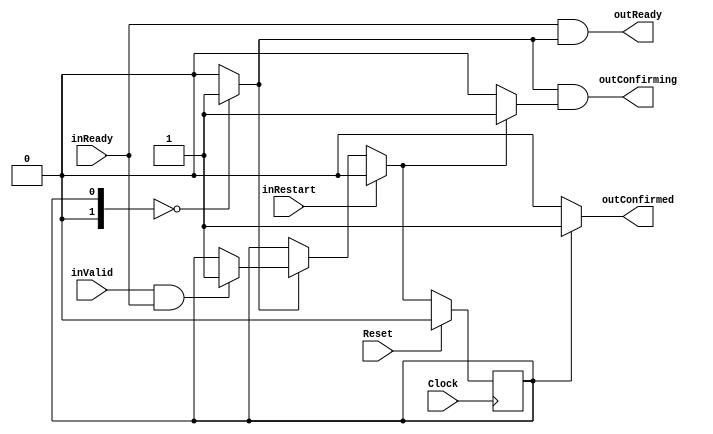
`timescale 1ns/1ps
`default_nettype none
// PLEASE READ THIS, IT MAY SAVE YOU SOME TIME AND MONEY, THANK YOU!
// * This file was generated by Quokka FPGA Toolkit.
// * Generated code is your property, do whatever you want with it
// * Place custom code between [BEGIN USER ***] and [END USER ***].
// * CAUTION: All code outside of [USER] scope is subject to regeneration.
// * Bad things happen sometimes in developer's life,
//   it is recommended to use source control management software (e.g. git, bzr etc) to keep your custom code safe'n'sound.
// * Internal structure of code is subject to change.
//   You can use some of signals in custom code, but most likely they will not exist in future (e.g. will get shorter or gone completely)
// * Please send your feedback, comments, improvement ideas etc. to evmuryshkin@gmail.com
// * Visit https://github.com/EvgenyMuryshkin/QuokkaEvaluation to access latest version of playground
//
// DISCLAIMER:
//   Code comes AS-IS, it is your responsibility to make sure it is working as expected
//   no responsibility will be taken for any loss or damage caused by use of Quokka toolkit.
//
// System configuration name is AXIConfirmModule_TopLevel, clock frequency is 1Hz, Top-level
// FSM summary
// -- Packages
module AXIConfirmModule_TopLevel
(
	// [BEGIN USER PORTS]
	// [END USER PORTS]
	input wire Clock,
	input wire Reset,
	input wire inReady,
	input wire inRestart,
	input wire inValid,
	output wire outConfirmed,
	output wire outConfirming,
	output wire outReady
);
	// [BEGIN USER SIGNALS]
	// [END USER SIGNALS]
	localparam HiSignal = 1'b1;
	localparam LoSignal = 1'b0;
	wire Zero = 1'b0;
	wire One = 1'b1;
	wire true = 1'b1;
	wire false = 1'b0;
	wire [0: 0] AXIConfirmModule_L30F9L45T10_AXIConfirmModule_L32F13L34T14_AXIConfirmModule_L33F33T58_Expr = 1'b0;
	wire [0: 0] AXIConfirmModule_L30F9L45T10_AXIConfirmModule_L36F13L44T14_AXIConfirmModule_L37F17L43T18_AXIConfirmModule_L39F26T51_Expr = 1'b0;
	wire [0: 0] AXIConfirmModule_L30F9L45T10_AXIConfirmModule_L36F13L44T14_AXIConfirmModule_L37F17L43T18_AXIConfirmModule_L41F45T74_Expr = 1'b1;
	wire [0: 0] AXIConfirmModule_L25F50T79_Expr = 1'b1;
	wire [0: 0] AXIConfirmModule_L26F51T76_Expr = 1'b0;
	wire [0: 0] AXIConfirmModule_L26F97T126_Expr = 1'b1;
	wire [0: 0] AXIConfirmModule_L27F64T89_Expr = 1'b0;
	wire Inputs_inReady;
	wire Inputs_inRestart;
	wire Inputs_inValid;
	reg [0: 0] NextState_fsm;
	reg [0: 0] State_fsm = 1'b0;
	wire [0: 0] State_fsmDefault = 1'b0;
	wire AXIConfirmModule_L30F9L45T10_AXIConfirmModule_L36F13L44T14_AXIConfirmModule_L37F17L43T18_AXIConfirmModule_L40F29T61_Expr;
	wire AXIConfirmModule_L30F9L45T10_AXIConfirmModule_L36F13L44T14_AXIConfirmModule_L37F17L43T18_AXIConfirmModule_L40F29T61_Expr_1;
	wire AXIConfirmModule_L30F9L45T10_AXIConfirmModule_L36F13L44T14_AXIConfirmModule_L37F17L43T18_AXIConfirmModule_L40F29T61_Expr_2;
	wire AXIConfirmModule_L26F38T126_Expr;
	wire AXIConfirmModule_L26F38T126_Expr_1;
	wire AXIConfirmModule_L26F38T126_Expr_2;
	wire AXIConfirmModule_L27F33T89_Expr;
	wire AXIConfirmModule_L27F33T89_Expr_1;
	wire AXIConfirmModule_L27F33T89_Expr_2;
	wire AXIConfirmModule_L30F9L45T10_AXIConfirmModule_L36F13L44T14_AXIConfirmModule_L37F17L43T18_AXIConfirmModule_L39F21L42T31_Case;
	wire signed [1: 0] AXIConfirmModule_L30F9L45T10_AXIConfirmModule_L36F13L44T14_AXIConfirmModule_L37F17L43T18_AXIConfirmModule_L39F21L42T31_CaseLhs;
	wire signed [1: 0] AXIConfirmModule_L30F9L45T10_AXIConfirmModule_L36F13L44T14_AXIConfirmModule_L37F17L43T18_AXIConfirmModule_L39F21L42T31_CaseRhs;
	wire AXIConfirmModule_L25F37T79_Expr;
	wire signed [1: 0] AXIConfirmModule_L25F37T79_ExprLhs;
	wire signed [1: 0] AXIConfirmModule_L25F37T79_ExprRhs;
	wire AXIConfirmModule_L26F38T76_Expr;
	wire signed [1: 0] AXIConfirmModule_L26F38T76_ExprLhs;
	wire signed [1: 0] AXIConfirmModule_L26F38T76_ExprRhs;
	wire AXIConfirmModule_L26F80T126_Expr;
	wire signed [1: 0] AXIConfirmModule_L26F80T126_ExprLhs;
	wire signed [1: 0] AXIConfirmModule_L26F80T126_ExprRhs;
	wire AXIConfirmModule_L27F51T89_Expr;
	wire signed [1: 0] AXIConfirmModule_L27F51T89_ExprLhs;
	wire signed [1: 0] AXIConfirmModule_L27F51T89_ExprRhs;
	always @ (posedge Clock)
	begin
		if ((Reset == 1))
		begin
			State_fsm <= State_fsmDefault;
		end
		else
		begin
			State_fsm <= NextState_fsm;
		end
	end
	assign AXIConfirmModule_L30F9L45T10_AXIConfirmModule_L36F13L44T14_AXIConfirmModule_L37F17L43T18_AXIConfirmModule_L39F21L42T31_Case = AXIConfirmModule_L30F9L45T10_AXIConfirmModule_L36F13L44T14_AXIConfirmModule_L37F17L43T18_AXIConfirmModule_L39F21L42T31_CaseLhs == AXIConfirmModule_L30F9L45T10_AXIConfirmModule_L36F13L44T14_AXIConfirmModule_L37F17L43T18_AXIConfirmModule_L39F21L42T31_CaseRhs ? 1'b1 : 1'b0;
	assign AXIConfirmModule_L25F37T79_Expr = AXIConfirmModule_L25F37T79_ExprLhs == AXIConfirmModule_L25F37T79_ExprRhs ? 1'b1 : 1'b0;
	assign AXIConfirmModule_L26F38T76_Expr = AXIConfirmModule_L26F38T76_ExprLhs == AXIConfirmModule_L26F38T76_ExprRhs ? 1'b1 : 1'b0;
	assign AXIConfirmModule_L26F80T126_Expr = AXIConfirmModule_L26F80T126_ExprLhs == AXIConfirmModule_L26F80T126_ExprRhs ? 1'b1 : 1'b0;
	assign AXIConfirmModule_L27F51T89_Expr = AXIConfirmModule_L27F51T89_ExprLhs == AXIConfirmModule_L27F51T89_ExprRhs ? 1'b1 : 1'b0;
	assign AXIConfirmModule_L30F9L45T10_AXIConfirmModule_L36F13L44T14_AXIConfirmModule_L37F17L43T18_AXIConfirmModule_L40F29T61_Expr = AXIConfirmModule_L30F9L45T10_AXIConfirmModule_L36F13L44T14_AXIConfirmModule_L37F17L43T18_AXIConfirmModule_L40F29T61_Expr_1 & AXIConfirmModule_L30F9L45T10_AXIConfirmModule_L36F13L44T14_AXIConfirmModule_L37F17L43T18_AXIConfirmModule_L40F29T61_Expr_2;
	assign AXIConfirmModule_L26F38T126_Expr = AXIConfirmModule_L26F38T126_Expr_1 & AXIConfirmModule_L26F38T126_Expr_2;
	assign AXIConfirmModule_L27F33T89_Expr = AXIConfirmModule_L27F33T89_Expr_1 & AXIConfirmModule_L27F33T89_Expr_2;
	always @ (*)
	begin
		NextState_fsm = State_fsm;
		if ((Inputs_inRestart == 1))
		begin
			NextState_fsm = AXIConfirmModule_L30F9L45T10_AXIConfirmModule_L32F13L34T14_AXIConfirmModule_L33F33T58_Expr;
		end
		else
		begin
			if ((AXIConfirmModule_L30F9L45T10_AXIConfirmModule_L36F13L44T14_AXIConfirmModule_L37F17L43T18_AXIConfirmModule_L39F21L42T31_Case == 1))
			begin
				if ((AXIConfirmModule_L30F9L45T10_AXIConfirmModule_L36F13L44T14_AXIConfirmModule_L37F17L43T18_AXIConfirmModule_L40F29T61_Expr == 1))
				begin
					NextState_fsm = AXIConfirmModule_L30F9L45T10_AXIConfirmModule_L36F13L44T14_AXIConfirmModule_L37F17L43T18_AXIConfirmModule_L41F45T74_Expr;
				end
			end
		end
	end
	assign AXIConfirmModule_L30F9L45T10_AXIConfirmModule_L36F13L44T14_AXIConfirmModule_L37F17L43T18_AXIConfirmModule_L39F21L42T31_CaseLhs = {
		1'b0,
		State_fsm
	}
	;
	assign AXIConfirmModule_L30F9L45T10_AXIConfirmModule_L36F13L44T14_AXIConfirmModule_L37F17L43T18_AXIConfirmModule_L39F21L42T31_CaseRhs = {
		1'b0,
		AXIConfirmModule_L30F9L45T10_AXIConfirmModule_L36F13L44T14_AXIConfirmModule_L37F17L43T18_AXIConfirmModule_L39F26T51_Expr
	}
	;
	assign AXIConfirmModule_L25F37T79_ExprLhs = {
		1'b0,
		State_fsm
	}
	;
	assign AXIConfirmModule_L25F37T79_ExprRhs = {
		1'b0,
		AXIConfirmModule_L25F50T79_Expr
	}
	;
	assign AXIConfirmModule_L26F38T76_ExprLhs = {
		1'b0,
		State_fsm
	}
	;
	assign AXIConfirmModule_L26F38T76_ExprRhs = {
		1'b0,
		AXIConfirmModule_L26F51T76_Expr
	}
	;
	assign AXIConfirmModule_L26F80T126_ExprLhs = {
		1'b0,
		NextState_fsm
	}
	;
	assign AXIConfirmModule_L26F80T126_ExprRhs = {
		1'b0,
		AXIConfirmModule_L26F97T126_Expr
	}
	;
	assign AXIConfirmModule_L27F51T89_ExprLhs = {
		1'b0,
		State_fsm
	}
	;
	assign AXIConfirmModule_L27F51T89_ExprRhs = {
		1'b0,
		AXIConfirmModule_L27F64T89_Expr
	}
	;
	assign AXIConfirmModule_L30F9L45T10_AXIConfirmModule_L36F13L44T14_AXIConfirmModule_L37F17L43T18_AXIConfirmModule_L40F29T61_Expr_1 = Inputs_inValid;
	assign AXIConfirmModule_L30F9L45T10_AXIConfirmModule_L36F13L44T14_AXIConfirmModule_L37F17L43T18_AXIConfirmModule_L40F29T61_Expr_2 = Inputs_inReady;
	assign AXIConfirmModule_L26F38T126_Expr_1 = AXIConfirmModule_L26F38T76_Expr;
	assign AXIConfirmModule_L26F38T126_Expr_2 = AXIConfirmModule_L26F80T126_Expr;
	assign AXIConfirmModule_L27F33T89_Expr_1 = Inputs_inReady;
	assign AXIConfirmModule_L27F33T89_Expr_2 = AXIConfirmModule_L27F51T89_Expr;
	assign Inputs_inReady = inReady;
	assign Inputs_inRestart = inRestart;
	assign Inputs_inValid = inValid;
	assign outConfirmed = AXIConfirmModule_L25F37T79_Expr;
	assign outConfirming = AXIConfirmModule_L26F38T126_Expr;
	assign outReady = AXIConfirmModule_L27F33T89_Expr;
	// [BEGIN USER ARCHITECTURE]
	// [END USER ARCHITECTURE]
endmodule